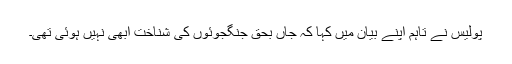
پولیس نے تاہم اپنے بیان میں کہا کہ جاں بحق جنگجوئوں کی شناخت ابھی نہیں ہوئی تھی۔